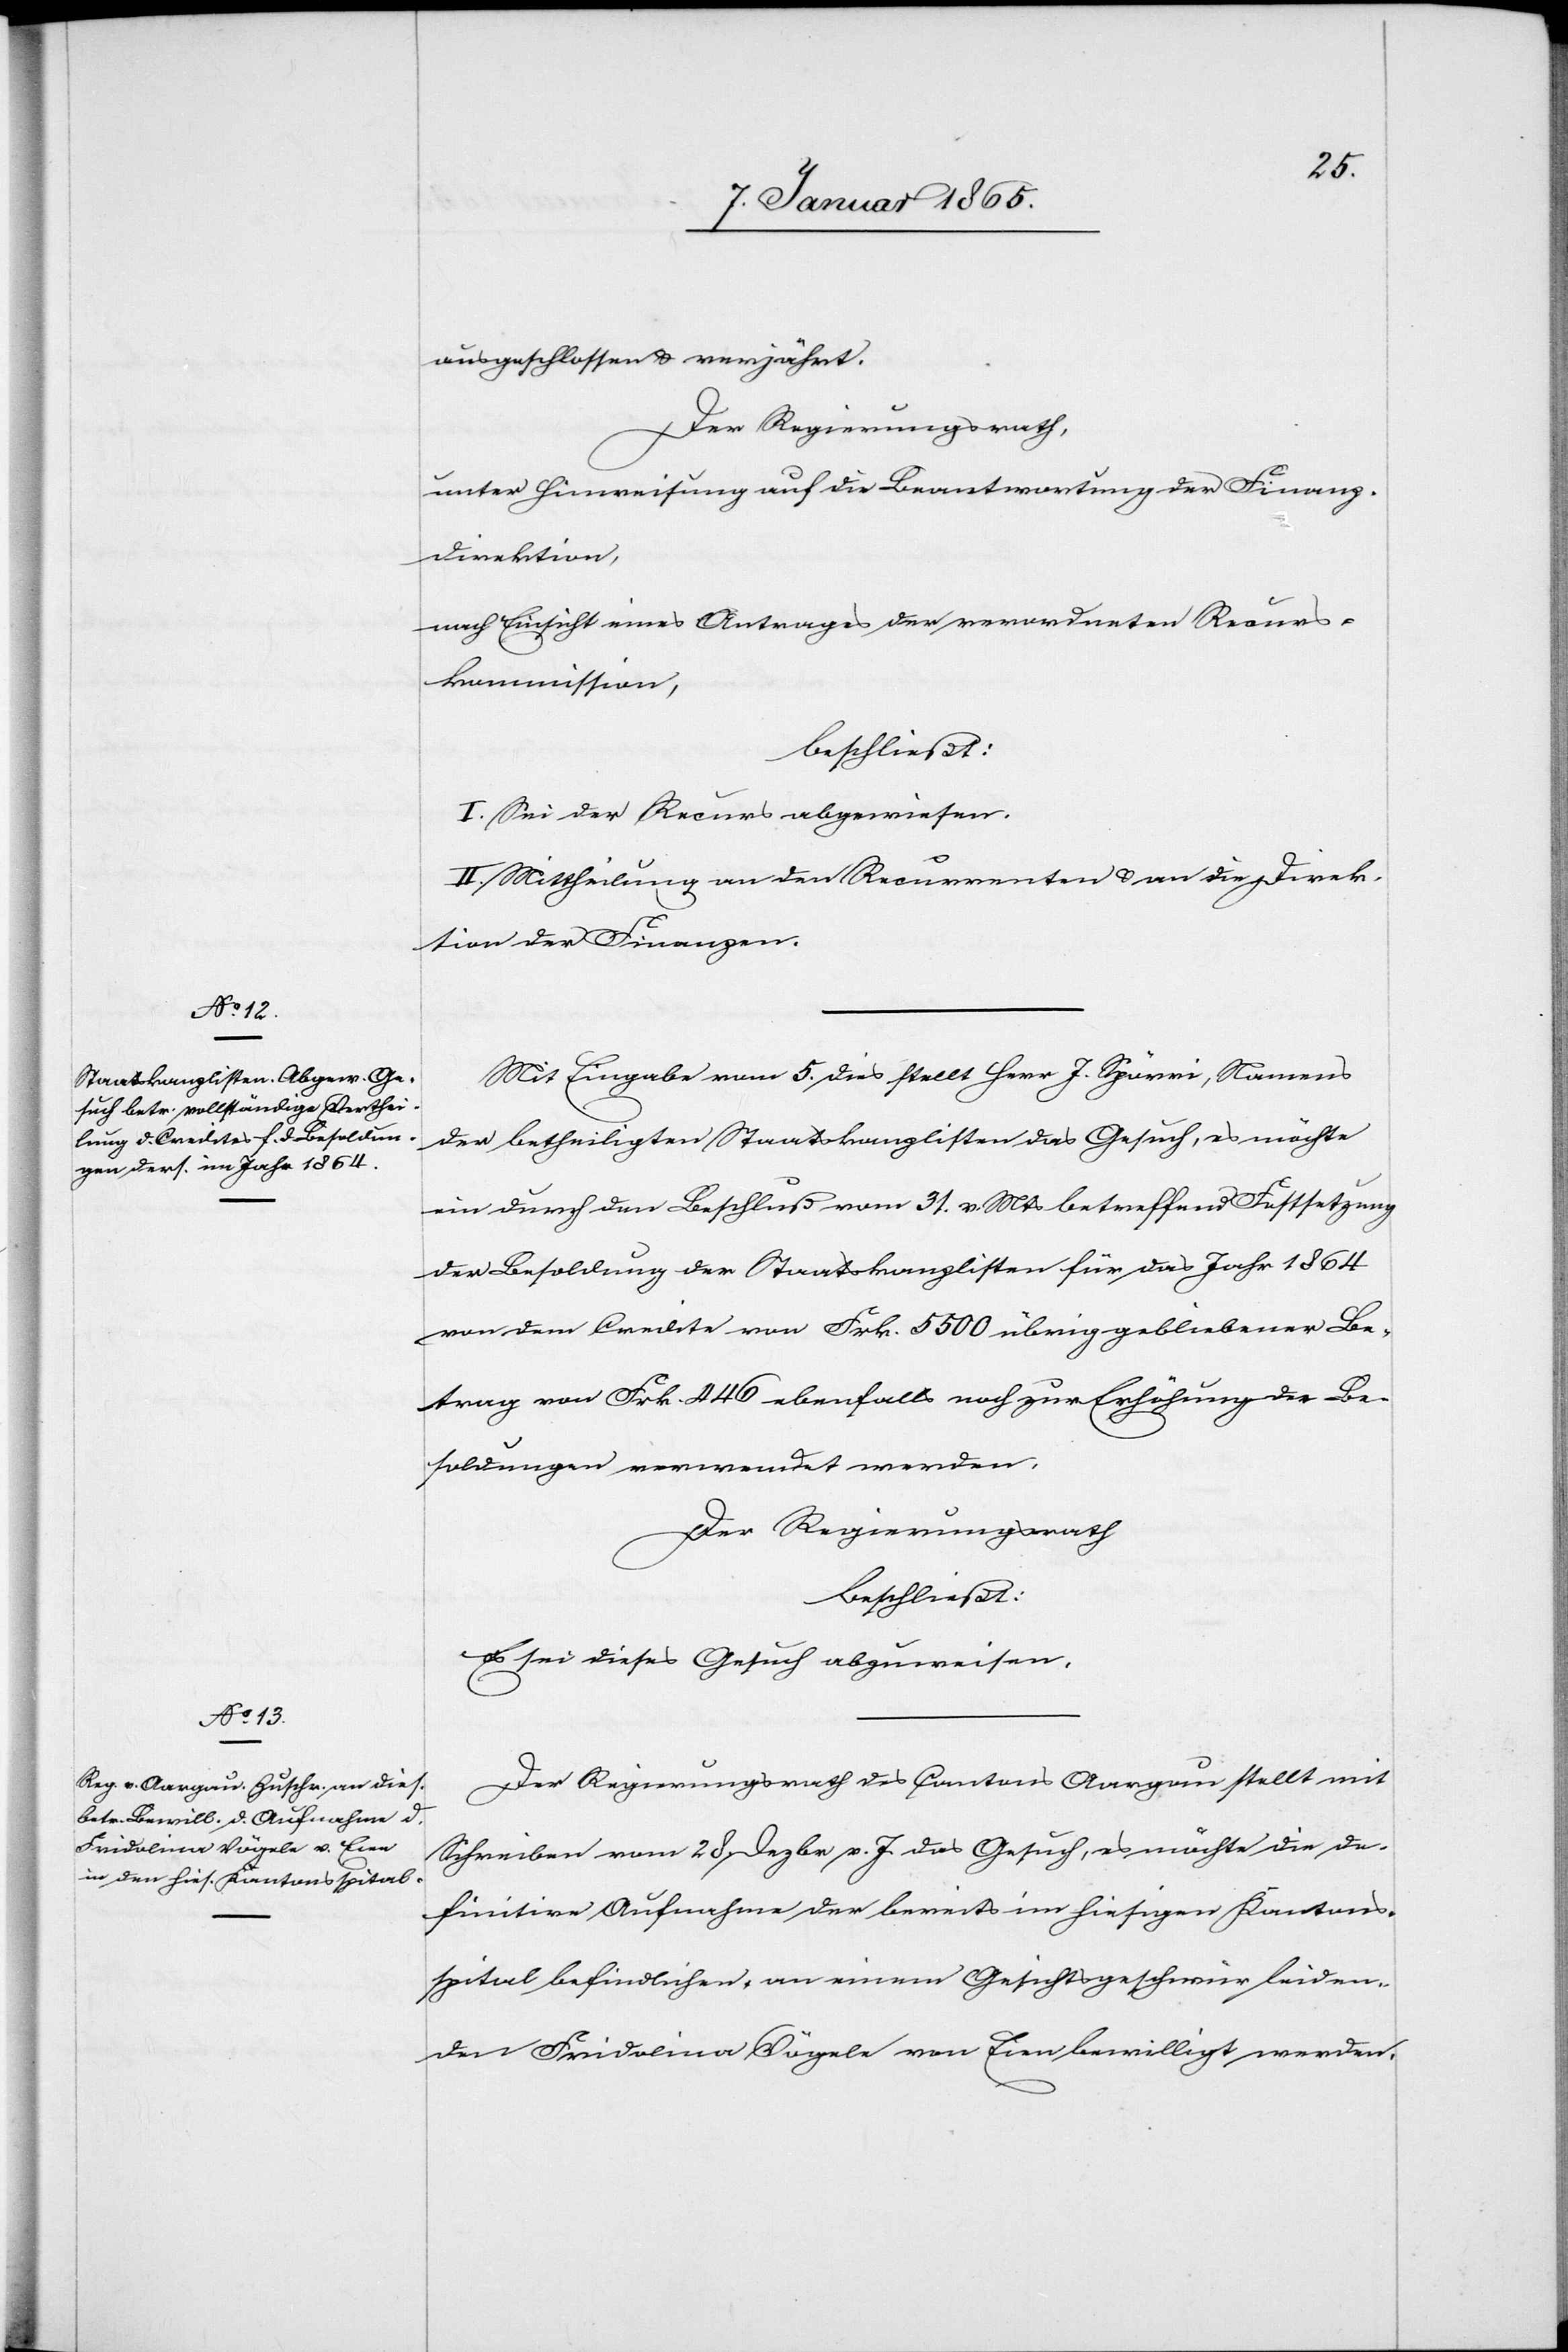
ausgeschlossen u. verjährt.
Der Regierungsrath,
unter Hinweisung auf die Beantwortung der Finanz-D¬
irektion,
nach Einsicht eines Antrages der verordneten Recurs¬
kommission,
beschließt:
I. Sei der Recurs abgewiesen.
II. Mittheilung an den Recurrenten u. an die Direk¬
tion der Finanzen.
Mit Eingabe vom 5. dies stellt Herr J. Spörri, Namens
der betheiligten Staatskanzlisten das Gesuch, es möchte
ein durch den Beschluß vom 31. v. Mts betreffend Festsetzung
der Besoldung der Staatskanzlisten für das Jahr 1864
von dem Credite von Frk. 5500 übrig gebliebener Be¬
trag von Frk. 446 ebenfalls noch zur Erhöhung der Be¬
soldungen verwendet werden.
Der Regierungsrath
beschließt:
Es sei dieses Gesuch abzuweisen.
Der Regierungsrath des Cantons Aargau stellt mit
Schreiben vom 28. Dezbr v. J das Gesuch, es möchte die de¬
finitive Aufnahme der bereits im hiesigen Kantons¬
spital befindlichen, an einem Gesichtsgeschwür leiden¬
den Fridolina Vögele von Eien bewilligt werden.